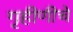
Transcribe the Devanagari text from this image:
गृहीणीचे